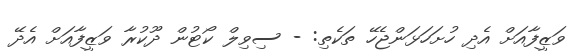
ވަޒީފާއަށް އެދި ހުށަހަޅަންޖެހޭ ތަކެތި: - ސިވިލް ކޯޓުން ދޫކުރާ ވަޒީފާއަށް އެދޭ